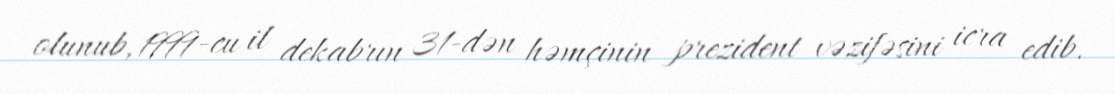
olunub, 1999-cu il dekabrın 31-dən həmçinin prezident vəzifəsini icra edib.